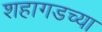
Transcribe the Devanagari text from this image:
शहागडच्या